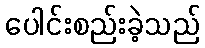
ပေါင်းစည်းခဲ့သည်